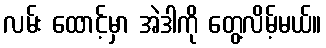
လမ်း ထောင့်မှာ အဲဒါကို တွေ့လိမ့်မယ်။